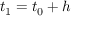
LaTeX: t _ { 1 } = t _ { 0 } + h